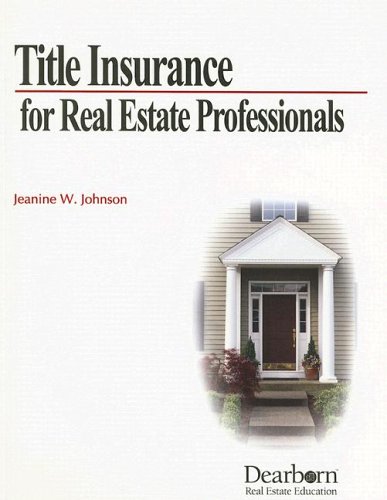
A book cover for Title Insurance for Real Estate Professional; Jeanine Johnson; Business & Money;